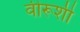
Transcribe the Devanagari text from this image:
वीरूशी